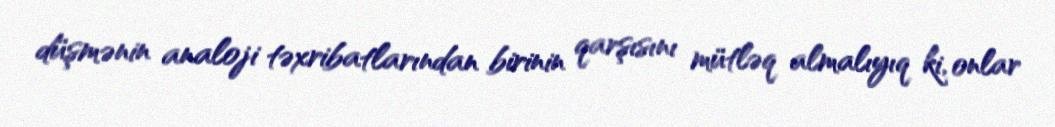
düşmənin analoji təxribatlarından birinin qarşısını mütləq almalıyıq ki, onlar